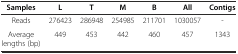
<table><thead><tr><td><b>Samples</b></td><td><b>L</b></td><td><b>T</b></td><td><b>M</b></td><td><b>B</b></td><td><b>All</b></td><td><b>Contigs</b></td></tr></thead><tbody><tr><td>Reads</td><td>276423</td><td>286948</td><td>254985</td><td>211701</td><td>1030057</td><td>-</td></tr><tr><td>Average lengths (bp)</td><td>449</td><td>453</td><td>442</td><td>460</td><td>457</td><td>1343</td></tr></tbody></table>